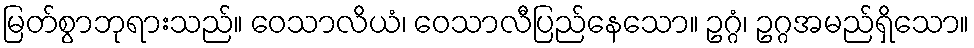
မြတ်စွာဘုရားသည်။ ဝေသာလိယံ၊ ဝေသာလီပြည်နေသော။ ဥဂ္ဂံ၊ ဥဂ္ဂအမည်ရှိသော။